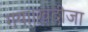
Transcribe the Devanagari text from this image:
गया।ख़दीजा